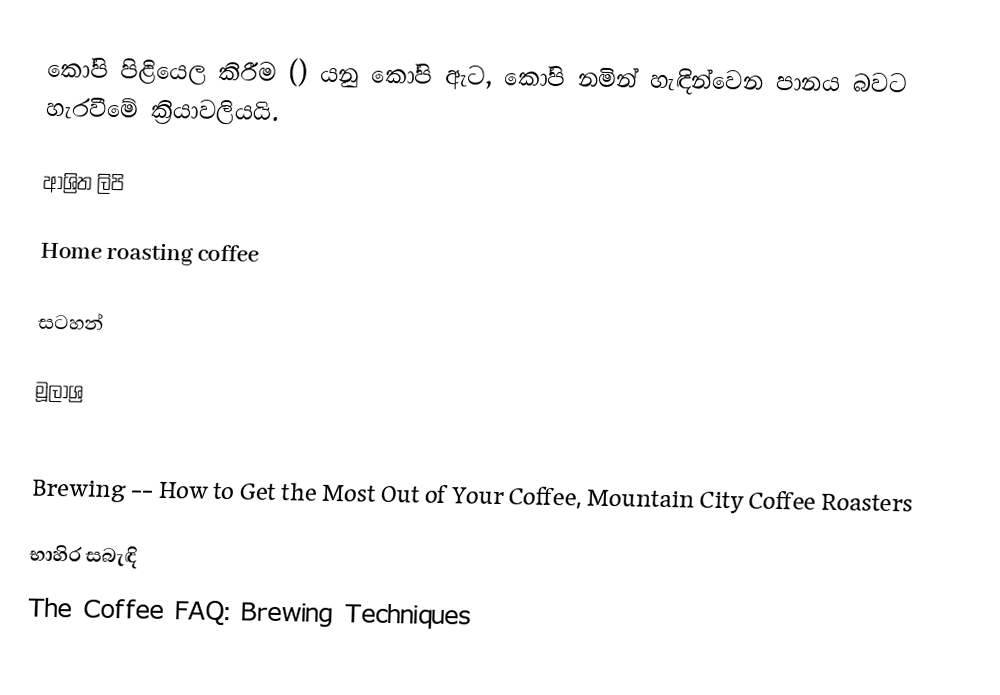
කෝපි පිළියෙල කිරීම () යනු කෝපි ඇට, කෝපි නමින් හැඳින්වෙන පානය බවට හැරවීමේ ක්‍රියාවලියයි.

ආශ්‍රිත ලිපි

 Home roasting coffee

සටහන්

මූලාශ්‍ර

 Brewing -- How to Get the Most Out of Your Coffee, Mountain City Coffee Roasters

භාහිර සබැඳි
 The Coffee FAQ: Brewing Techniques